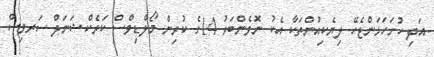
އަދި ހުށަހަޅަންޖެހޭ ލިޔެކިއުންތަކާ އެކު ނޮވެންބަރު 14ގެ ކުރިން މޯލްޑިވްސް ކަރެކްޝަނަލް ސަރވިސް